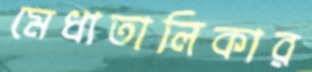
মেধাতালিকার